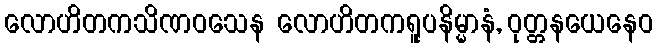
လောဟိတကသိဏဝသေန လောဟိတကရူပနိမ္မာနံ, ဝုတ္တနယေနေဝ